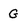
Character: G